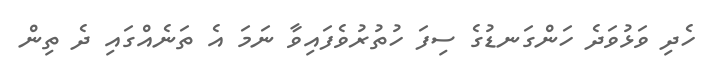
ހެދި ވަޅުވަދެ ހަންގަނޑުގެ ސިފަ ހުތުރުވެފައިވާ ނަމަ އެ ތަނެއްގައި ދެ ތިން